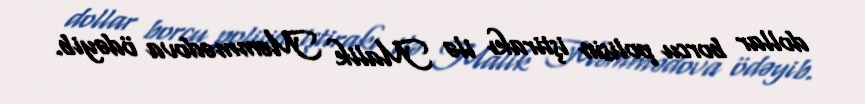
dollar borcu polisin iştirakı ilə Malik Məmmədova ödəyib.